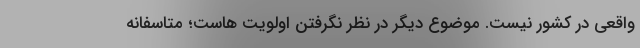
واقعی در کشور نیست. موضوع دیگر در نظر نگرفتن اولویت هاست؛ متاسفانه